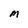
Character: M